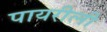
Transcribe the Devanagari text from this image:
पायरीली